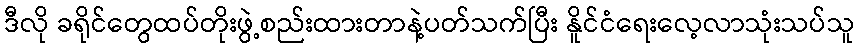
ဒီလို ခရိုင်တွေထပ်တိုးဖွဲ့စည်းထားတာနဲ့ပတ်သက်ပြီး နိူင်ငံရေးလေ့လာသုံးသပ်သူ